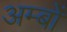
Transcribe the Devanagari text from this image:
अम्बों